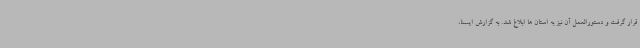
قرار گرفت و دستورالعمل آن نیز به استان ها ابلاغ شد. به گزارش ایسنا،